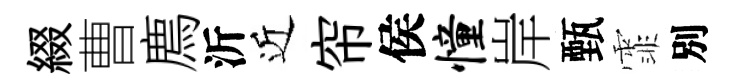
綴曹廌沂近帘侯憧岸甄霏別